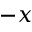
- x